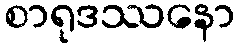
စာရုဒဿနော